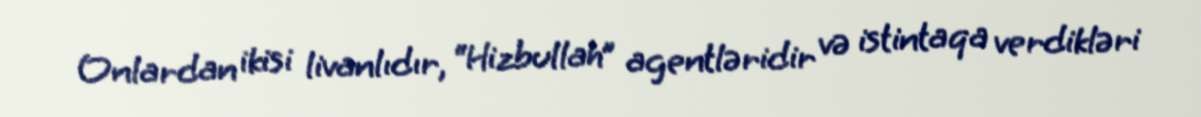
Onlardan ikisi livanlıdır, “Hizbullah” agentləridir və istintaqa verdikləri